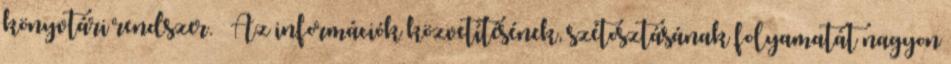
könyvtári rendszer.  Az információk közvetítésének, szétosztásának folyamatát nagyon